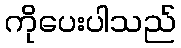
ကိုပေးပါသည်